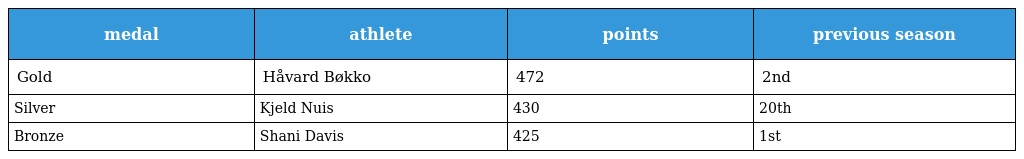
| medal | athlete | points | previous season |
 | --- | --- | --- | --- |
 | Gold | Håvard Bøkko | 472 | 2nd |
 | Silver | Kjeld Nuis | 430 | 20th |
 | Bronze | Shani Davis | 425 | 1st |